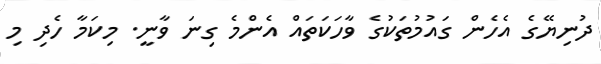
ދުނިޔޭގެ އެހެން ގައުމުތަކުގެ ވާހަކަތައް އެންމެ ގިނަ ވާނީ. މިކަމާ ހެދި މި